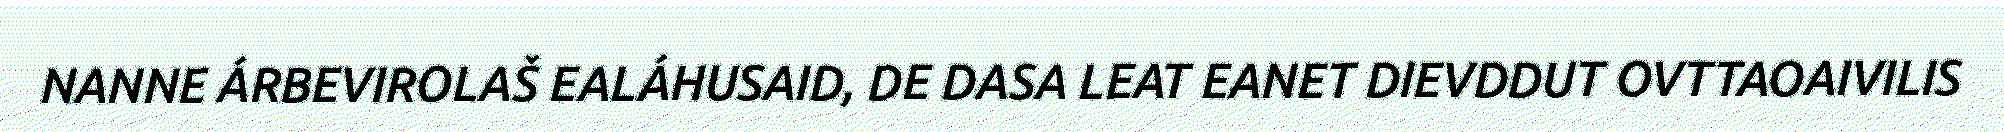
NANNE ÁRBEVIROLAŠ EALÁHUSAID, DE DASA LEAT EANET DIEVDDUT OVTTAOAIVILIS